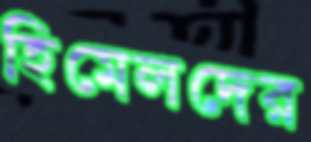
হিমেলদের